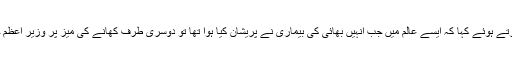
محترمہ فاطمہ جناح نے افسوس کا اظہار کرتے ہوئے کہا کہ ایسے عالم میں جب انہیں بھائی کی بیماری نے پریشان کیا ہوا تھا تو دوسری طرف کھانے کی میز پر وزیر اعظم خوشگوار موڈ میں خوش گپیاں کرتے رہے ۔